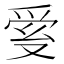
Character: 𤔐